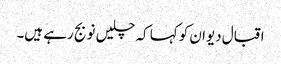
اقبال دیوان کو کہا کہ چلیں نو بج رہے ہیں۔